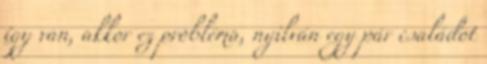
így van, akkor ez probléma, nyilván egy pár családot